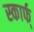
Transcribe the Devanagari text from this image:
स्कार्फ्